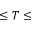
\leq T \leq